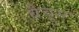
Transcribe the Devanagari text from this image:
बैचुस